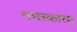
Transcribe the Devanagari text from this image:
नमस्कारम्